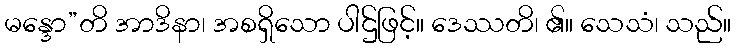
မန္ဒော”တိ အာဒိနာ၊ အစရှိသော ပါဌ်ဖြင့်။ ဒေဿတိ၊ ၏။ သေသံ၊ သည်။